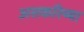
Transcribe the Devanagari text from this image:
असकरिय्या